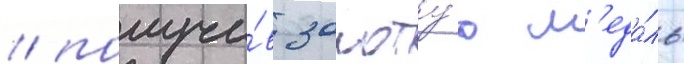
/ получи́в золоту́ю м'еда́ль